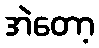
အဲတော့